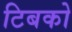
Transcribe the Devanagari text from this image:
टिबको